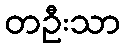
တဦးသာ